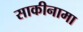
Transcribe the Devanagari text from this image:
साकीनामा